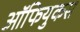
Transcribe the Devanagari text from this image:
ऑफियुकस